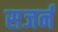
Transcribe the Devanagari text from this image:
सजर्न